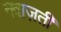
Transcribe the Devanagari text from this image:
नवाज़ती